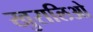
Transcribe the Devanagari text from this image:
खुरालिओ